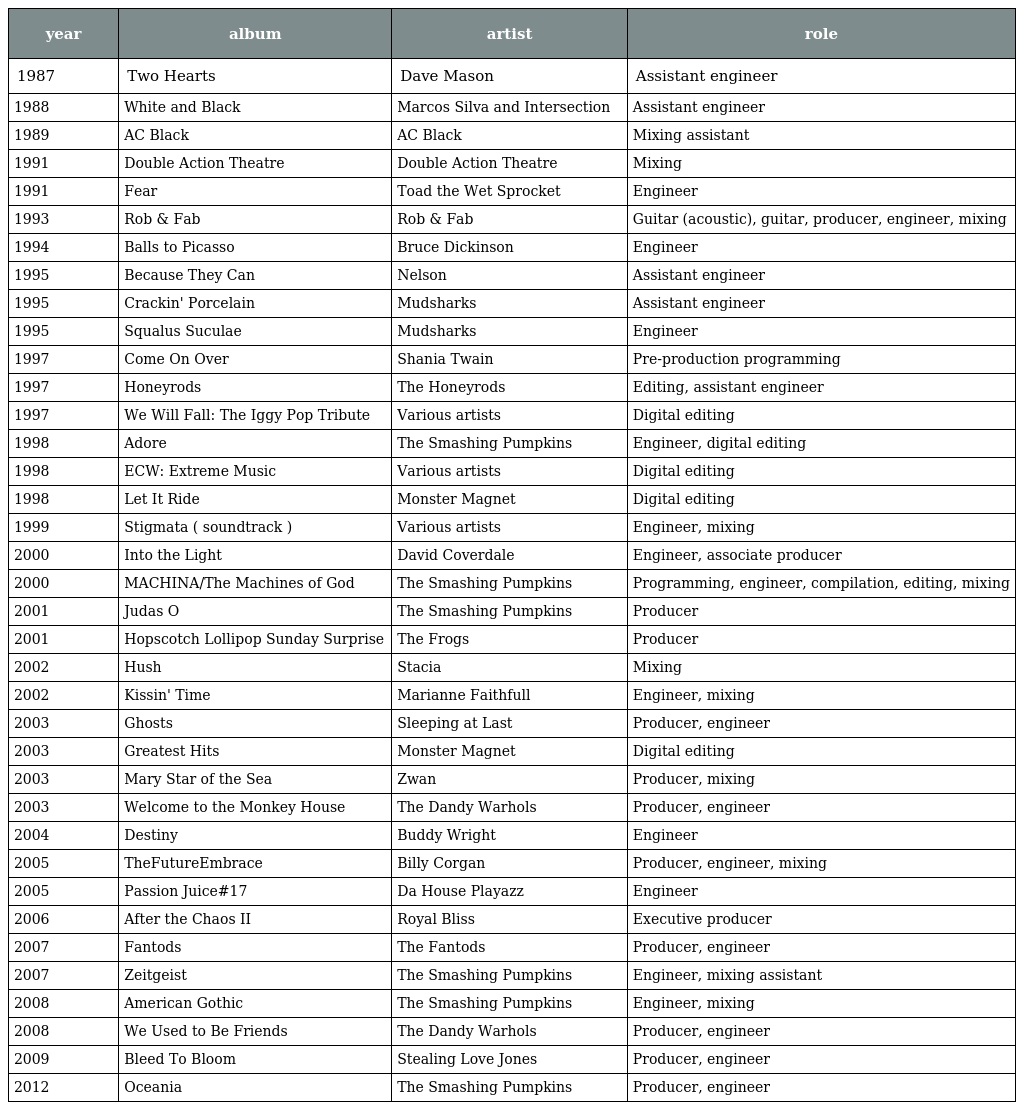
| year | album | artist | role |
 | --- | --- | --- | --- |
 | 1987 | Two Hearts | Dave Mason | Assistant engineer |
 | 1988 | White and Black | Marcos Silva and Intersection | Assistant engineer |
 | 1989 | AC Black | AC Black | Mixing assistant |
 | 1991 | Double Action Theatre | Double Action Theatre | Mixing |
 | 1991 | Fear | Toad the Wet Sprocket | Engineer |
 | 1993 | Rob & Fab | Rob & Fab | Guitar (acoustic), guitar, producer, engineer, mixing |
 | 1994 | Balls to Picasso | Bruce Dickinson | Engineer |
 | 1995 | Because They Can | Nelson | Assistant engineer |
 | 1995 | Crackin' Porcelain | Mudsharks | Assistant engineer |
 | 1995 | Squalus Suculae | Mudsharks | Engineer |
 | 1997 | Come On Over | Shania Twain | Pre-production programming |
 | 1997 | Honeyrods | The Honeyrods | Editing, assistant engineer |
 | 1997 | We Will Fall: The Iggy Pop Tribute | Various artists | Digital editing |
 | 1998 | Adore | The Smashing Pumpkins | Engineer, digital editing |
 | 1998 | ECW: Extreme Music | Various artists | Digital editing |
 | 1998 | Let It Ride | Monster Magnet | Digital editing |
 | 1999 | Stigmata ( soundtrack ) | Various artists | Engineer, mixing |
 | 2000 | Into the Light | David Coverdale | Engineer, associate producer |
 | 2000 | MACHINA/The Machines of God | The Smashing Pumpkins | Programming, engineer, compilation, editing, mixing |
 | 2001 | Judas O | The Smashing Pumpkins | Producer |
 | 2001 | Hopscotch Lollipop Sunday Surprise | The Frogs | Producer |
 | 2002 | Hush | Stacia | Mixing |
 | 2002 | Kissin' Time | Marianne Faithfull | Engineer, mixing |
 | 2003 | Ghosts | Sleeping at Last | Producer, engineer |
 | 2003 | Greatest Hits | Monster Magnet | Digital editing |
 | 2003 | Mary Star of the Sea | Zwan | Producer, mixing |
 | 2003 | Welcome to the Monkey House | The Dandy Warhols | Producer, engineer |
 | 2004 | Destiny | Buddy Wright | Engineer |
 | 2005 | TheFutureEmbrace | Billy Corgan | Producer, engineer, mixing |
 | 2005 | Passion Juice#17 | Da House Playazz | Engineer |
 | 2006 | After the Chaos II | Royal Bliss | Executive producer |
 | 2007 | Fantods | The Fantods | Producer, engineer |
 | 2007 | Zeitgeist | The Smashing Pumpkins | Engineer, mixing assistant |
 | 2008 | American Gothic | The Smashing Pumpkins | Engineer, mixing |
 | 2008 | We Used to Be Friends | The Dandy Warhols | Producer, engineer |
 | 2009 | Bleed To Bloom | Stealing Love Jones | Producer, engineer |
 | 2012 | Oceania | The Smashing Pumpkins | Producer, engineer |